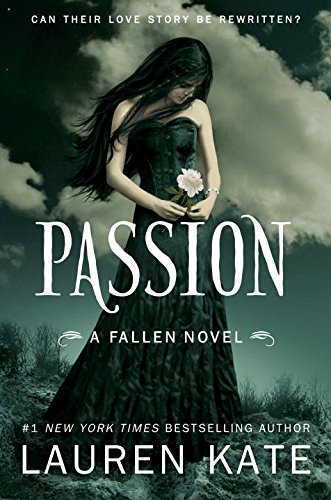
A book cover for Passion (Fallen, Book 3); Lauren Kate; Teen & Young Adult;